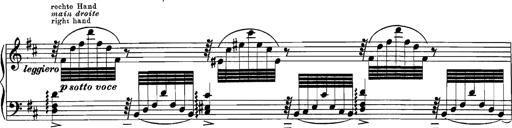
Title: Grandes Etudes
Composer: Franz Liszt